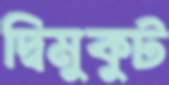
দ্বিমুকুট